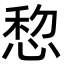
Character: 㥎